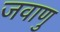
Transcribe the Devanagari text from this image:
जवाणु